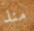
منذ